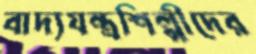
বাদ্যযন্ত্রশিল্পীদের